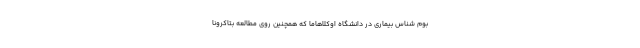
بوم شناس بیماری در دانشگاه اوکلاهاما که همچنین روی مطالعه بتاکرونا